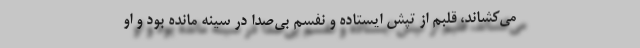
می‌کشاند، قلبم از تپش ایستاده و نفسم بی‌صدا در سینه مانده بود و او